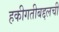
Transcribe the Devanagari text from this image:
हकीगतीबद्दलची